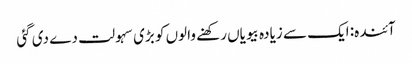
آئندہ: ایک سے زیادہ بیویاں رکھنے والوں کو بڑی سہولت دے دی گئی